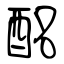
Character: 酩